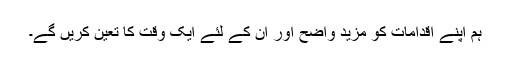
ہم اپنے اقدامات کو مزید واضح اور ان کے لئے ایک وقت کا تعین کریں گے۔